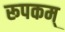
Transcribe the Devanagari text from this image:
रूपकम्